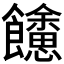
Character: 𩟳